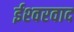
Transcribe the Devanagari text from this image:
ईश्‍वरवाद